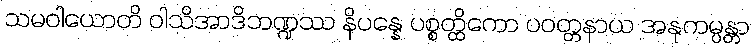
သမဝါယောတိ ဝါသိအာဒိဘဏ္ဍဿ နိပန္နေ ပစ္စတ္ထိကော ပဝတ္တနာယ အနုကမ္ပန္တာ